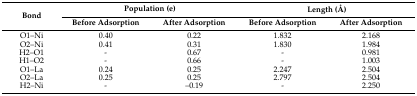
| <ROWSPAN=2> Bond | <COLSPAN=2> Population (e) | <COLSPAN=2> Length (Å) |
 | Before Adsorption | After Adsorption | Before Adsorption | After Adsorption |
 | --- | --- | --- | --- | --- |
 | O1–Ni | 0.40 | 0.22 | 1.832 | 2.168 |
 | O2–Ni | 0.41 | 0.31 | 1.830 | 1.984 |
 | H2–O1 | - | 0.67 | - | 0.981 |
 | H1–O2 | - | 0.66 | - | 1.003 |
 | O1–La | 0.24 | 0.25 | 2.247 | 2.504 |
 | O2–La | 0.25 | 0.25 | 2.797 | 2.504 |
 | H2–Ni | - | –0.19 | - | 2.250 |